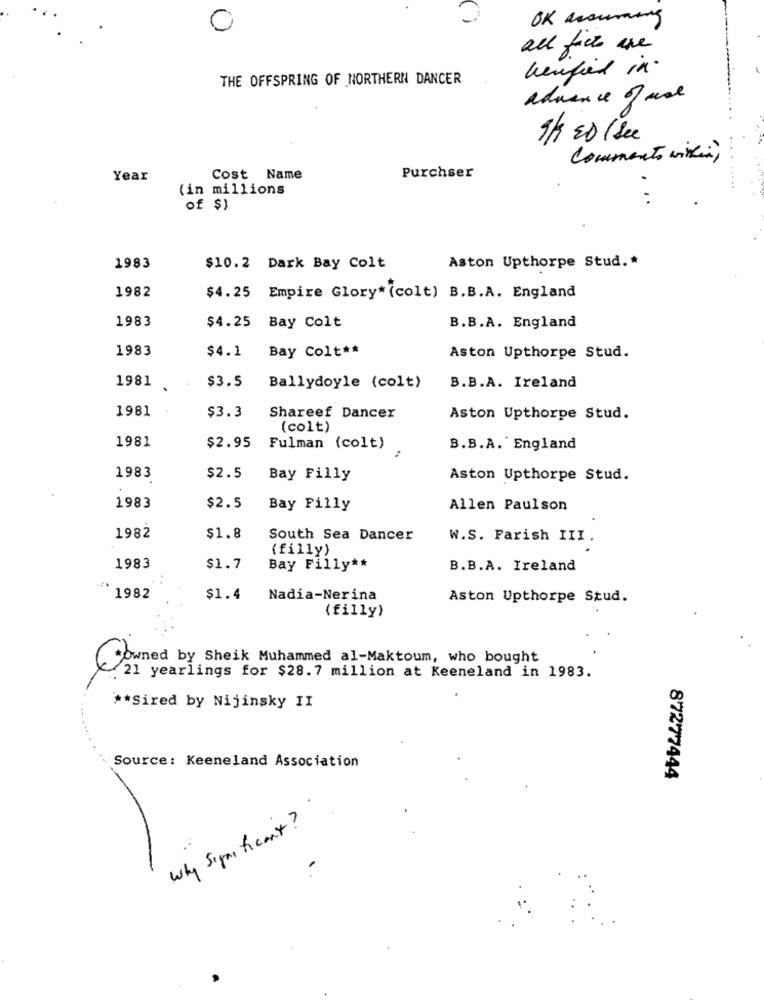
OK accuraing
0
all facts are
henfied in.
THE OFFSPRING OF NORTHERN DANCER
advance of ane
9/ ED ( see
Commento within)
Year
Cost Name
Purchser
(in millions
Of $)
1983
$10.2 Dark Bay Colt
Aston Upthorpe Stud. *
1982
$4.25 Empire Glory* (colt) B.B.A. England
1983
$4.25 Bay Colt
B.B.A. England
1983
$4.1
Bay Colt **
Aston Upthorpe Stud.
1981
$3.5
Ballydoyle (colt)
B.B.A. Ireland
1981
$3.3
Shareef Dancer
Aston Upthorpe Stud.
(colt)
1981
$2.95
Fulman (colt)
B.B.A. England
1983
$2.5
Bay Filly
Aston Upthorpe Stud.
1983
$2.5
Bay Filly
Allen Paulson
1982
$1.8
South Sea Dancer
W.S. Farish III .
(filly)
1983
$1.7
Bay Filly **
B.B.A. Ireland
1982
$1.4
Nadia-Nerina
Aston Upthorpe Stud.
(filly)
owned by Sheik Muhammed al-Maktoum, who bought
21 yearlings for $28. 7 million at Keeneland in 1983.
** Sired by Nijinsky II
Source: Keeneland Association
87277444
Why Significant?